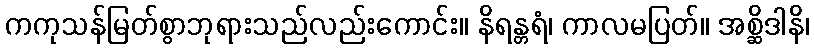
ကကုသန်မြတ်စွာဘုရားသည်လည်းကောင်း။ နိရန္တရံ၊ ကာလမပြတ်။ အစ္ဆိဒါနိ၊